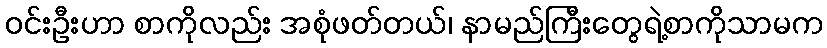
ဝင်းဦးဟာ စာကိုလည်း အစုံဖတ်တယ်၊ နာမည်ကြီးတွေရဲ့စာကိုသာမက